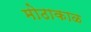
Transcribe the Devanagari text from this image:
मोठाकाळ